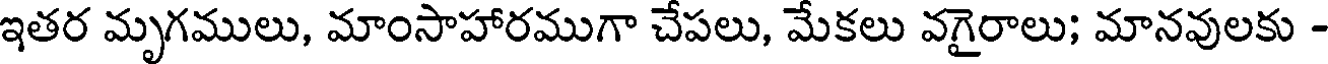
ఇతర మృగములు, మాంసాహారముగా చేపలు, మేకలు వగైరాలు; మానవులకు -